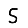
Digit: 5